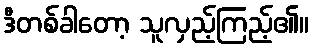
ဒီတစ်ခါတော့ သူလှည့်ကြည့်၏။